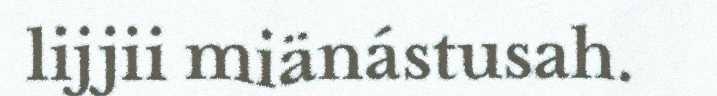
lijjii miänástusah.